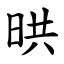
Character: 晎